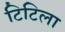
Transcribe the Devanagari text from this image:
टिटिला